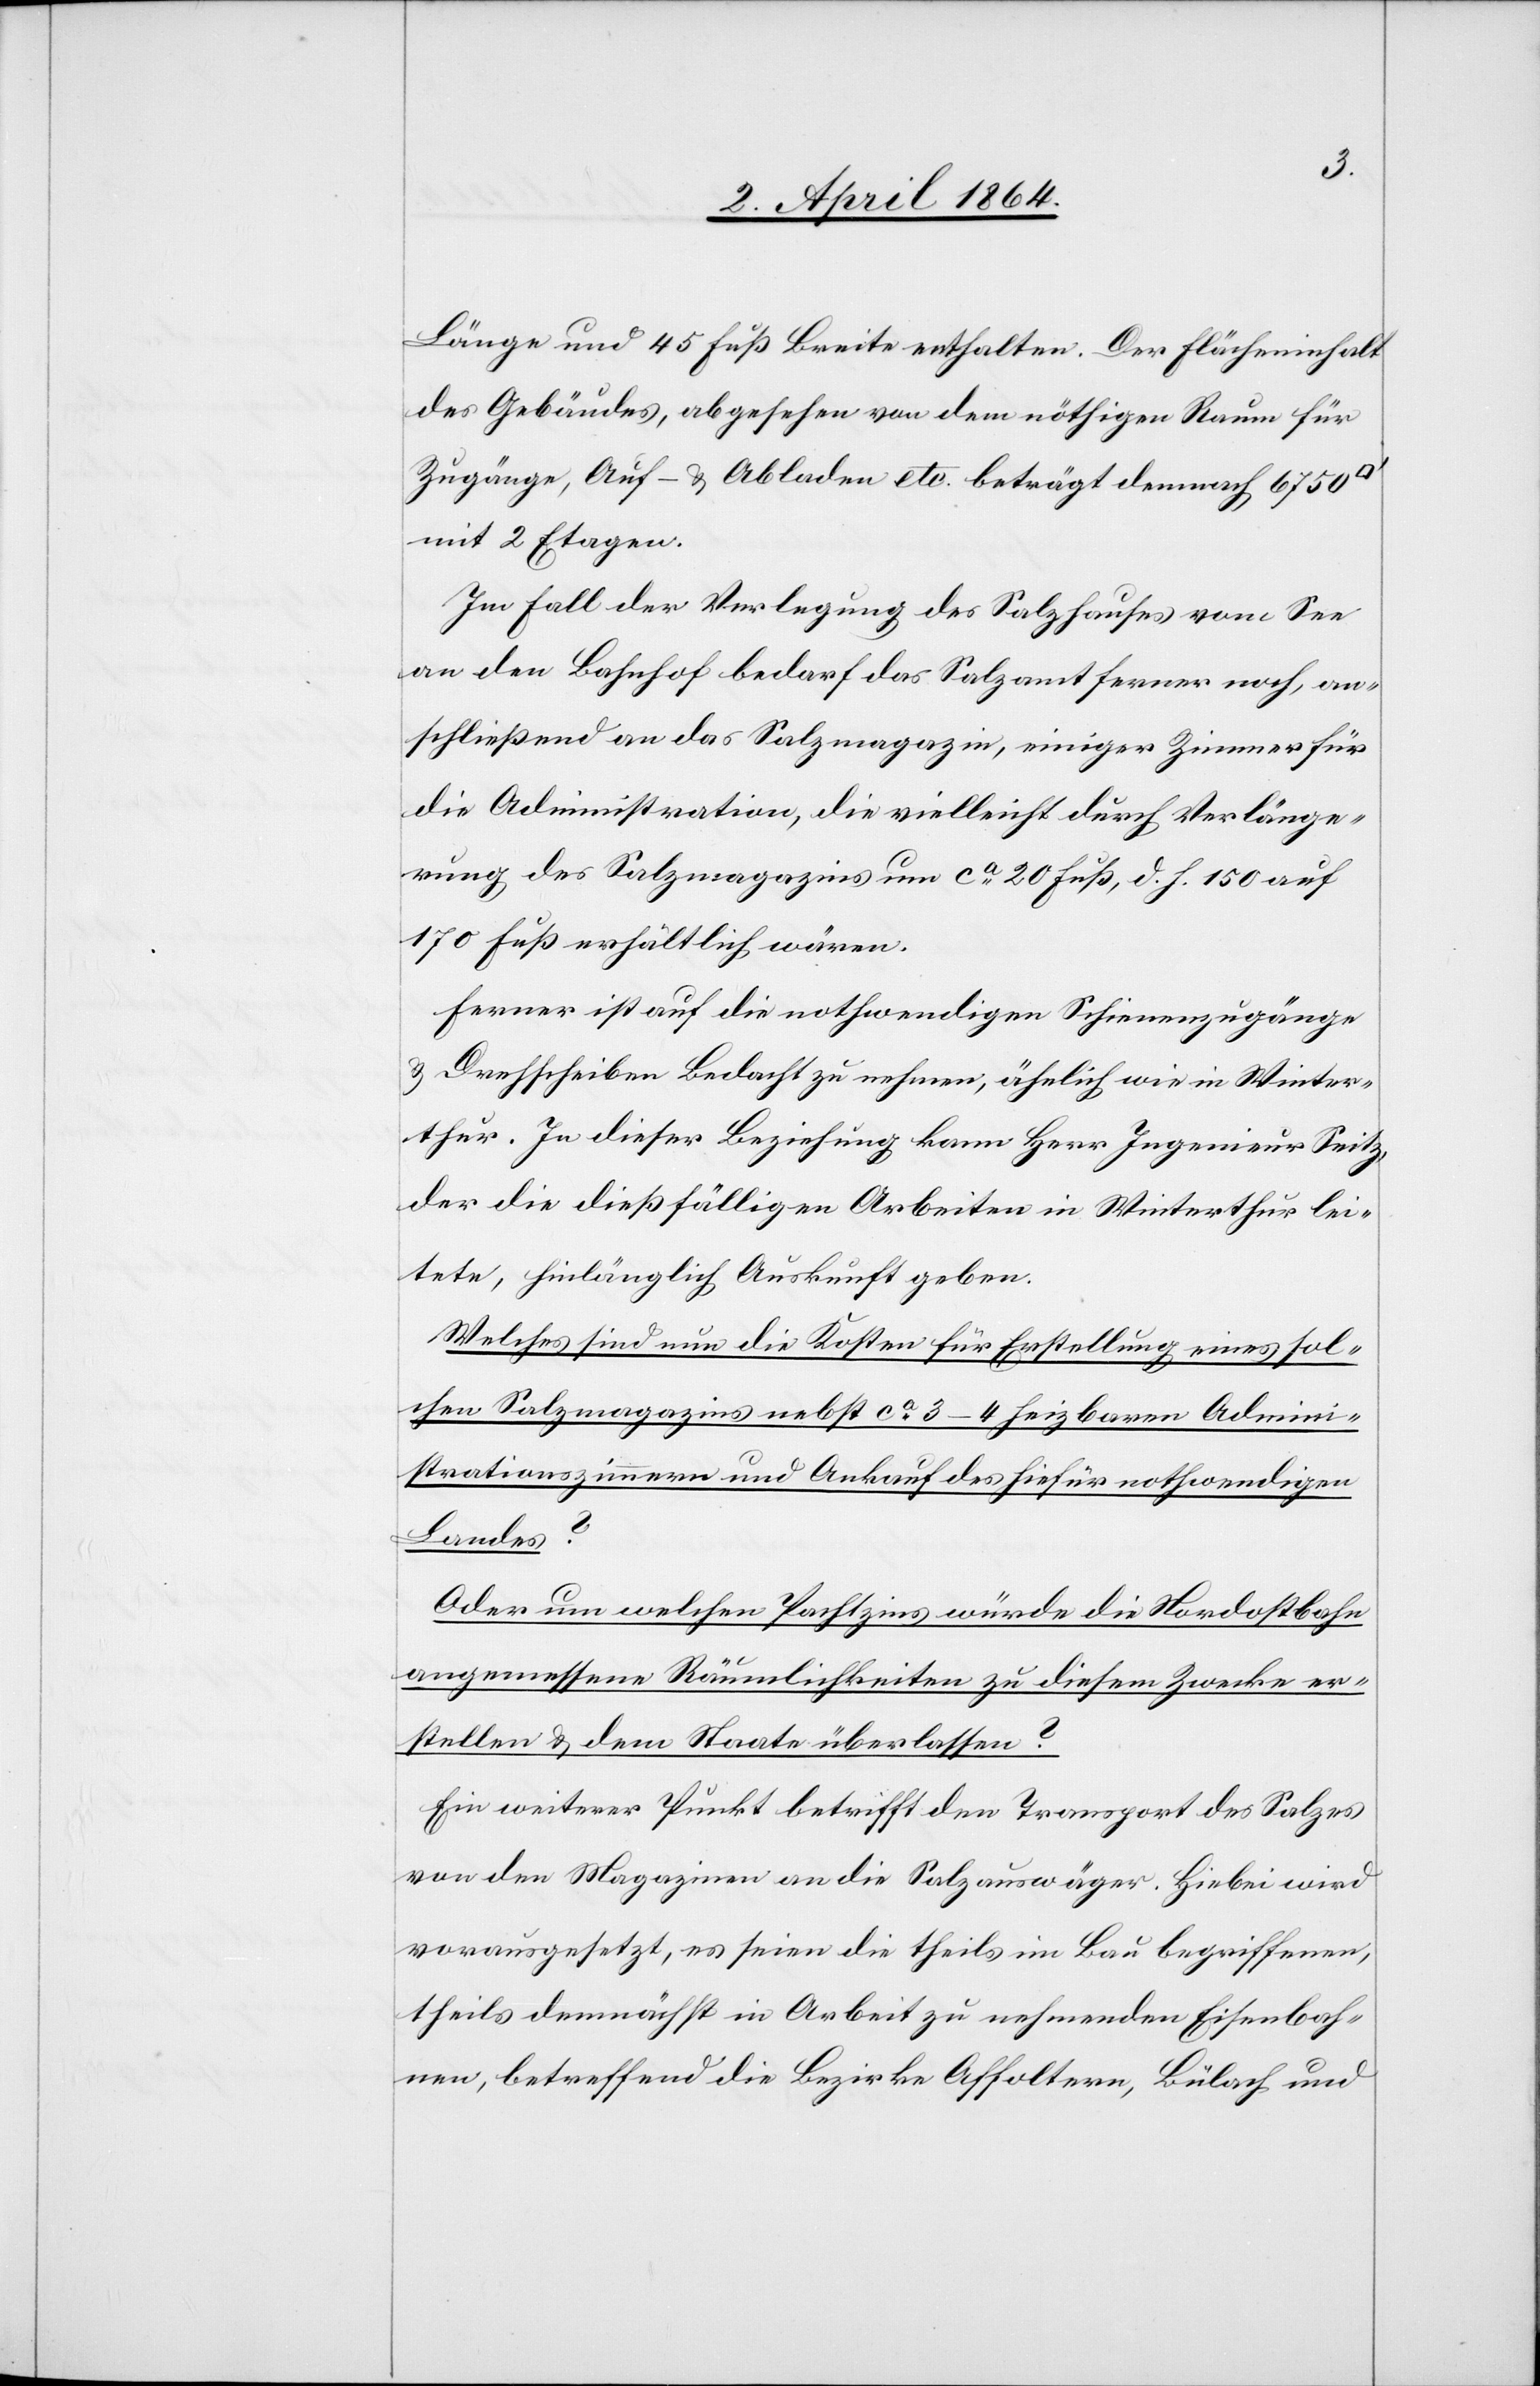
Länge und 45 Fuß Breite enthalten. Der Flächeninhalt
des Gebäudes, abgesehen von dem nöthigen Raum für
Zugänge, Auf- u. Abladen etc. beträgt demnach 6750
mit 2 Etagen.
Im Fall der Verlegung des Salzhauses vom See
an den Bahnhof bedarf das Salzamt ferner noch, an¬
schließend an das Salzmagazin, einiger Zimmer für
die Administration, die vielleicht durch Verlänge¬
rung des Salzmagazins um ca 20 Fuß, d. h. 150 auf
170 Fuß erhältlich wären.
Ferner ist auf die nothwendigen Schienenzugänge
u. Drehscheiben Bedacht zu nehmen; ähnlich wie in Winter¬
thur. In dieser Beziehung kann Herr Ingenieur Seitz,
der die dießfälligen Arbeiten in Winterthur lei¬
tete, hinlänglich Auskunft geben.
Welches sind nun die Kosten für Erstellung eines sol¬
chen Salzmagazins nebst ca 3 4 heizbaren Admini¬
strationszimmern und Ankauf des hiefür nothwendigen
Landes?
Oder um welchen Pachtzins würde die Nordostbahn
angemessene Räumlichkeiten zu diesem Zwecke er¬
stellen u. dem Staate überlassen?
Ein weiterer Punkt betrifft den Transport des Salzes
von den Magazinen an die Salzauswäger. Hiebei wird
vorausgesetzt, es seien die theils im Bau begriffenen,
theils demnächst in Arbeit zu nehmenden Eisenbah¬
nen, betreffend die Bezirke Affoltern, Bülach und